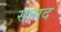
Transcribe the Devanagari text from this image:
सअद